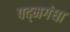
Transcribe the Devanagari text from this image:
पद्‌मगंधा